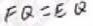
F Q = E Q